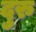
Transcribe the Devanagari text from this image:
दुरु